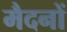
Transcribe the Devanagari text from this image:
मैदनों